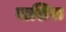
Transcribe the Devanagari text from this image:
वाशिरा